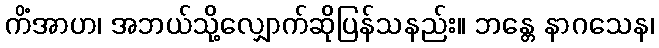
ကိံအာဟ၊ အဘယ်သို့လျှောက်ဆိုပြန်သနည်း။ ဘန္တေ နာဂသေန၊